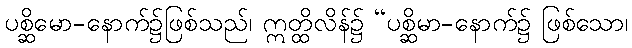
ပစ္ဆိမော-နောက်၌ဖြစ်သည်၊ ဣတ္ထိလိန်၌ “ပစ္ဆိမာ-နောက်၌ ဖြစ်သော၊